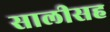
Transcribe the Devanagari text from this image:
सालीसह